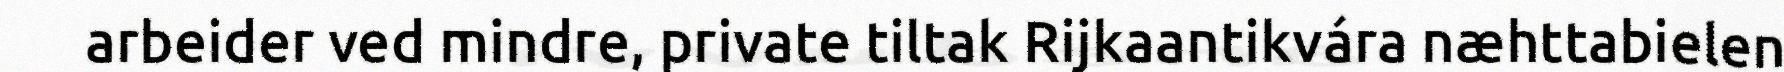
arbeider ved mindre, private tiltak Rijkaantikvára næhttabielen